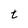
Character: t